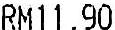
RM11.90